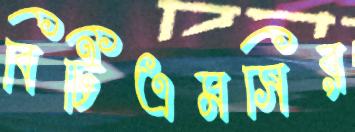
বিটিএমসির